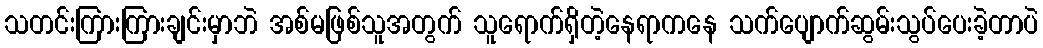
သတင်းကြားကြားချင်းမှာဘဲ အစ်မဖြစ်သူအတွက် သူရောက်ရှိတဲ့နေရာကနေ သက်ပျောက်ဆွမ်းသွပ်ပေးခဲ့တာပဲ